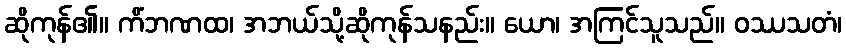
ဆိုကုန်၏။ ကိံဘဏထ၊ အဘယ်သို့ဆိုကုန်သနည်း။ ယော၊ အကြင်သူသည်။ ဝဿသတံ၊